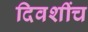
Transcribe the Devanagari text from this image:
दिवशींच